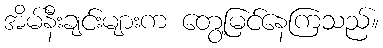
အိမ်နီးချင်းများက တွေ့မြင်နေကြသည်။